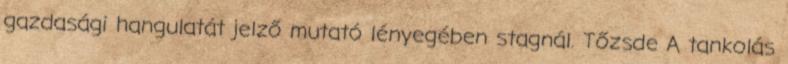
gazdasági hangulatát jelző mutató lényegében stagnál. Tőzsde A tankolás